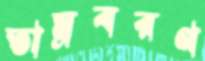
তাম্রবরণ